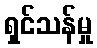
ရှင်သန်မှု